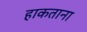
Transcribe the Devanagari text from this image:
हाकताना